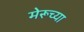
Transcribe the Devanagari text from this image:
मेरूच्या